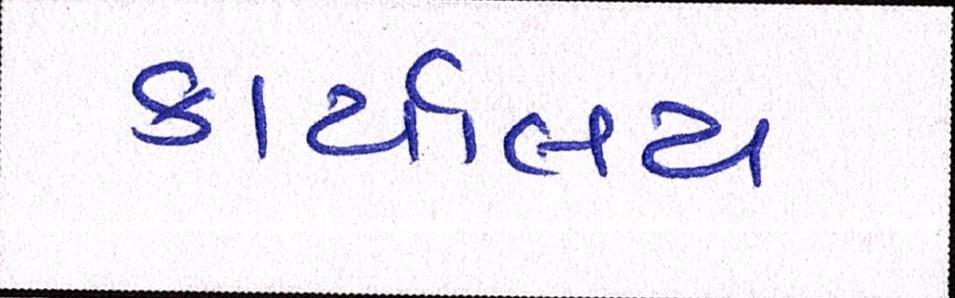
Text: કાયર્લિય